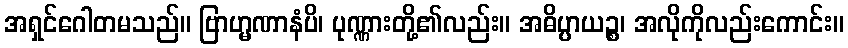
အရှင်ဂေါတမသည်။ ဗြာဟ္မဏာနံပိ၊ ပုဏ္ဏားတို့၏လည်း။ အဓိပ္ပာယဉ္စ၊ အလိုကိုလည်းကောင်း။